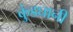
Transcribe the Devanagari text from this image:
कुंडघानी